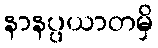
နာနပ္ပယာတမှိ